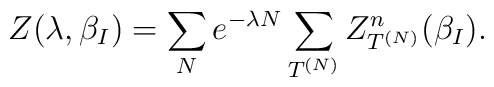
Z(\lambda,\beta_I )=\sum_N e^{-\lambda N} \sum_{T^{(N)}} Z^n_{T^{(N)}}(\beta_I ).